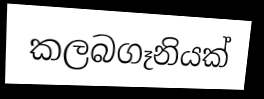
කලබගෑනියක්